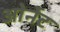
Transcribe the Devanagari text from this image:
ओर्नेट